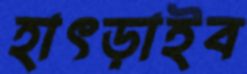
হাৎড়াইব